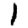
Digit: 1